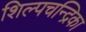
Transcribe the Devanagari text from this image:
शिल्पचन्द्रिका